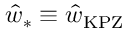
\hat { w } _ { * } \equiv \hat { w } _ { \mathrm { \tiny K P Z } }